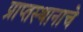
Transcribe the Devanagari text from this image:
प्राप्तस्थानाचे